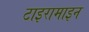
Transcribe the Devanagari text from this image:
टाइरामाइन